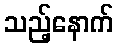
သည့်နောက်